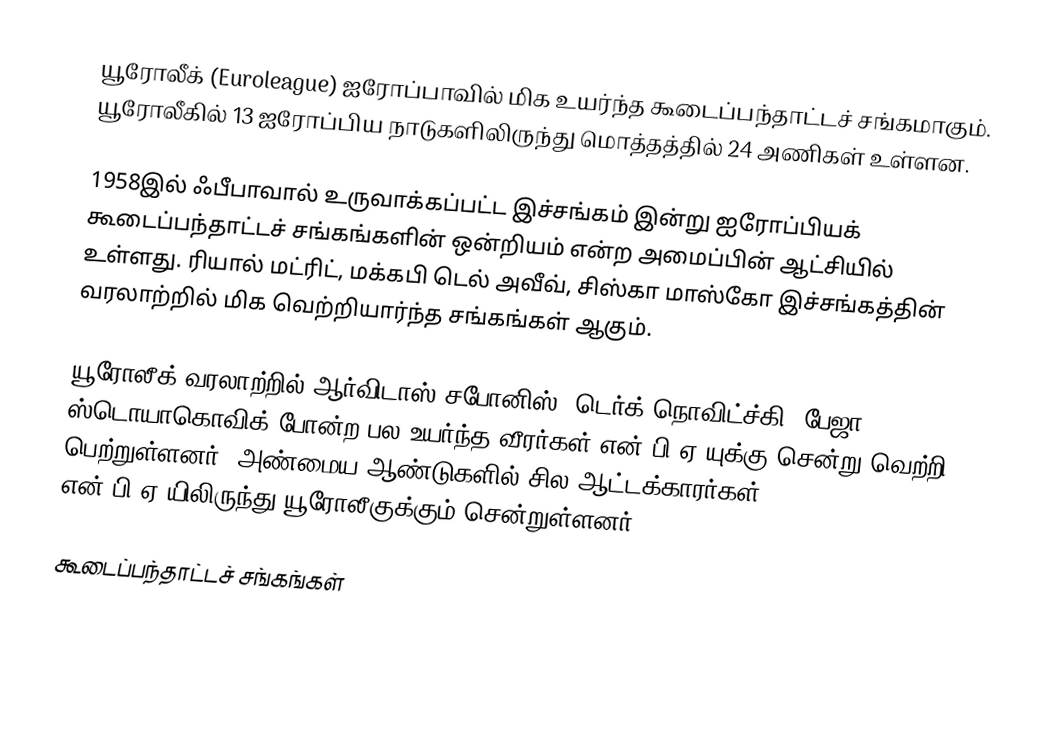
யூரோலீக் (Euroleague) ஐரோப்பாவில் மிக உயர்ந்த கூடைப்பந்தாட்டச் சங்கமாகும். யூரோலீகில் 13 ஐரோப்பிய நாடுகளிலிருந்து மொத்தத்தில் 24 அணிகள் உள்ளன.

1958இல் ஃபீபாவால் உருவாக்கப்பட்ட இச்சங்கம் இன்று ஐரோப்பியக் கூடைப்பந்தாட்டச் சங்கங்களின் ஒன்றியம் என்ற அமைப்பின் ஆட்சியில் உள்ளது. ரியால் மட்ரிட், மக்கபி டெல் அவீவ், சிஸ்கா மாஸ்கோ இச்சங்கத்தின் வரலாற்றில் மிக வெற்றியார்ந்த சங்கங்கள் ஆகும்.

யூரோலீக் வரலாற்றில் ஆர்விடாஸ் சபோனிஸ், டெர்க் நொவிட்ச்கி, பேஜா ஸ்டொயாகொவிக் போன்ற பல உயர்ந்த வீரர்கள் என்.பி.ஏ.யுக்கு சென்று வெற்றி பெற்றுள்ளனர். அண்மைய ஆண்டுகளில் சில ஆட்டக்காரர்கள் என்.பி.ஏ.யிலிருந்து யூரோலீகுக்கும் சென்றுள்ளனர்.

கூடைப்பந்தாட்டச் சங்கங்கள்